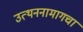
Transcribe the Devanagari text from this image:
उत्थननामागचा